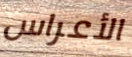
الأعراس